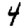
Digit: 4